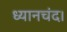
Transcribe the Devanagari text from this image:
ध्यानचंद।